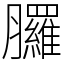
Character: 𦣇